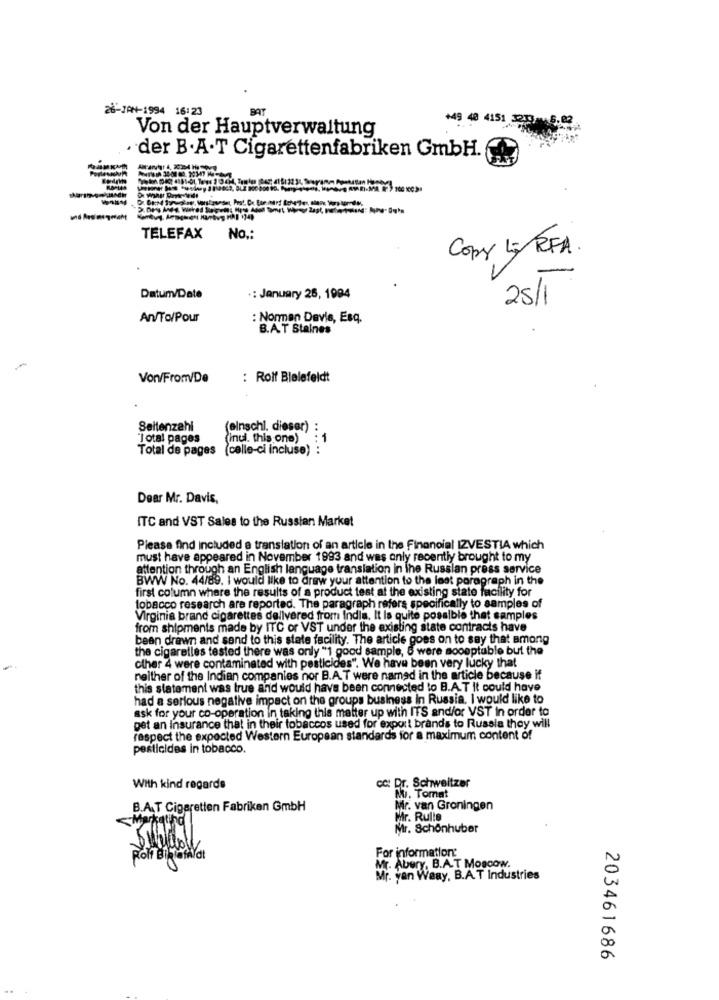
26-JAN-1994 16:23
BAT
Von der Hauptverwaltung
+49 40 4151 219 5.02
· der B.A.T Cigarettenfabriken GmbH.
1044
TELEFAX
No .:
Copy LE RFA.
Datum/Date
.: January 26, 1994
25/1
An/To/Pour
: Normen Devis, Esq.
B.A.T Staines
Von/From/De
: Rolf Blelefeldt
Seltenzahl
(einschl. dieser)
"Total pages
(inui. this one)"
: 1
Total de pages
(celle-ci incluse)
......
Dear Mr. Davis,
ITC and VST Sales to the Russian Market
Please find included a translation of an article in the Financial IZVESTIA which
must have appeared in November 1993 and was only recently brought to my
attention through an English language translation in the Russian press service
BWW No. 44/89. I would like to draw your attention to the last paragraph in the
first column where the results of a product test at the existing state facility for
tobacco research are reported. The paragraph refers specifically to samples of
Virginia brand cigarettes delivered from India. It Is quite possible that samples
from shipments made by ITC or VST under the existing state contracts have
bean drawn and send to this state facility. The article goes on to say that among
the cigaretles tested there was only "1 good sample, 6 were sooeptable but the
other 4 were contaminated with pesticides". We have been very lucky that
neither of the Indian companies nor B.A.T were named in the article because if
this statement was true and would have been connected to B.A.T It could have
had a serious negative impact on the groups business in Russia. I would like to
ask for your co-operation in taking this matter up with ITS and/or VST in order to
get an Insurance that in their tobaccos used for export brands to Russia they will
respect the expected Western European standards for a maximum content of
pesticides in tobacco.
cc: Dr. Schweitzer
With kind regards
No. Tomat
B.A.T Cigaretten Fabriken GmbH
Mr. van Groningen
Marketing
Mr. Rulle
Mr. Schonhuber
Roli Birtafaldt
For information:
Mr. Abery, B.A.T Moscow.
Mr. van Waay, B.A. T Industries
203461686